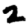
Digit: 2